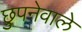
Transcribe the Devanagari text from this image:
छुपनेवाले